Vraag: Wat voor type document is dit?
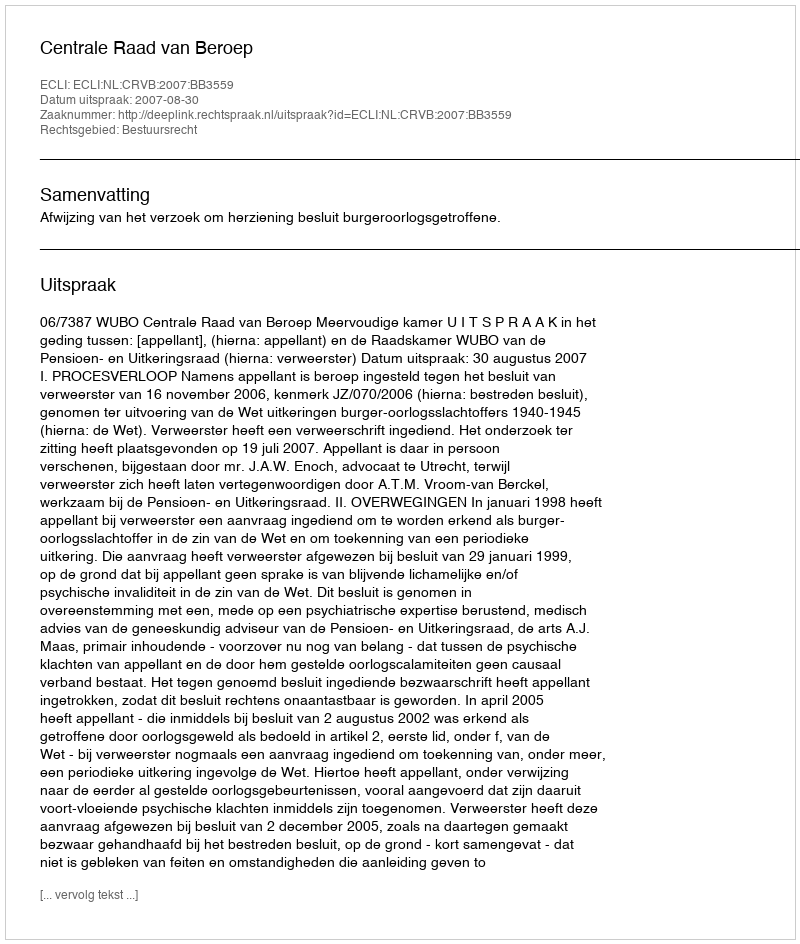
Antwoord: Uitspraak